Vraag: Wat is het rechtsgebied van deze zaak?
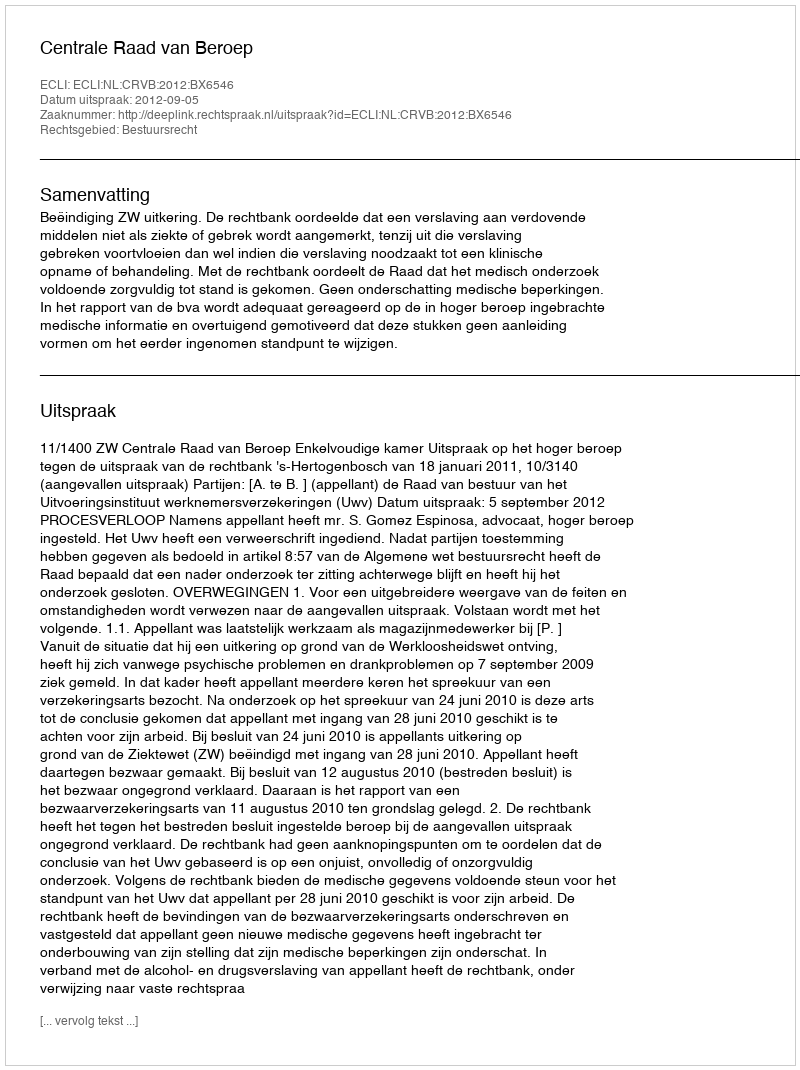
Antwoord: Bestuursrecht